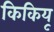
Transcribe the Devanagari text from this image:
किकियू